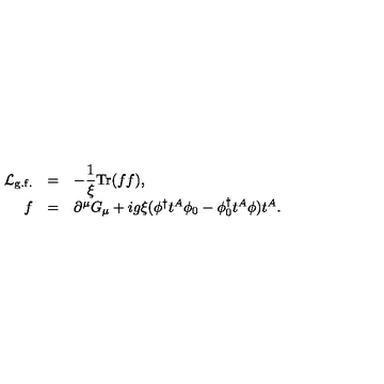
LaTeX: \begin{array} { r c l } { { \cal L } _ { \mathrm { g . f . } } } & { = } & { \displaystyle - \frac { 1 } { \xi } \mathrm { T r } ( f f ) , } \\ { f } & { = } & { \partial ^ { \mu } G _ { \mu } + i g \xi ( \phi ^ { \dagger } t ^ { A } \phi _ { 0 } - \phi _ { 0 } ^ { \dagger } t ^ { A } \phi ) t ^ { A } . } \\ \end{array}